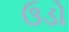
ઉડો